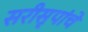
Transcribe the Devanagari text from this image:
सरीसृपांचे